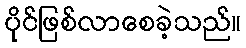
ပိုင်ဖြစ်လာစေခဲ့သည်။